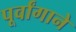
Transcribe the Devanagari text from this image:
पूर्वांगाने